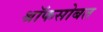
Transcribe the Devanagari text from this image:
श्रॉफसोबत